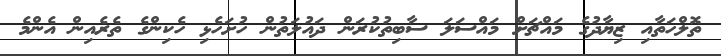
ތޮލްހަތާއި ޒިޔާދުގެ މައްޗަށް މައްސަލަ ސާބިތުކުރަން ދައުލަތުން ހުށަހެޅި ހެކިންގެ ތެރެއިން އެންމެ